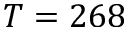
T = 2 6 8